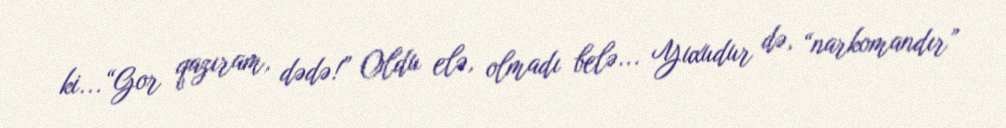
ki...“Gor qazıram, dədə!” Oldu elə, olmadı belə... Yuxudur də, “narkomandır”